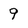
Character: 9